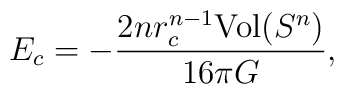
E_c=-\frac{2nr_c^{n-1}\mbox{Vol}(S^n)}{16\pi G},